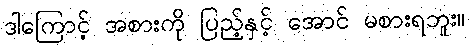
ဒါကြောင့် အစားကို ပြည့်နှင့် အောင် မစားရဘူး။